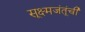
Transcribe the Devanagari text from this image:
सूक्ष्मजंतूंची